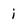
Character: i